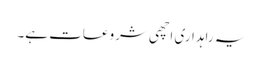
یہ راہداری اچھی شروعات ہے۔